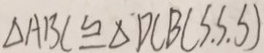
\Delta A B C \cong \Delta D C B ( S . S . S )